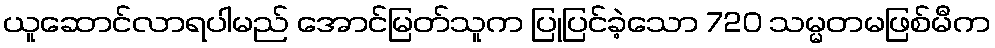
ယူဆောင်လာရပါမည် အောင်မြတ်သူက ပြုပြင်ခဲ့သော 720 သမ္မတမဖြစ်မီက